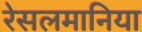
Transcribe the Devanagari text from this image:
रेसलमानिया